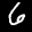
Label: 6